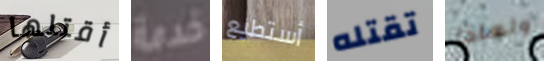
أقتلها خدمة أستطيع تقتله ولماذا